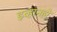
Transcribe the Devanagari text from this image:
इव्हानहो